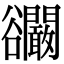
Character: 𧯘